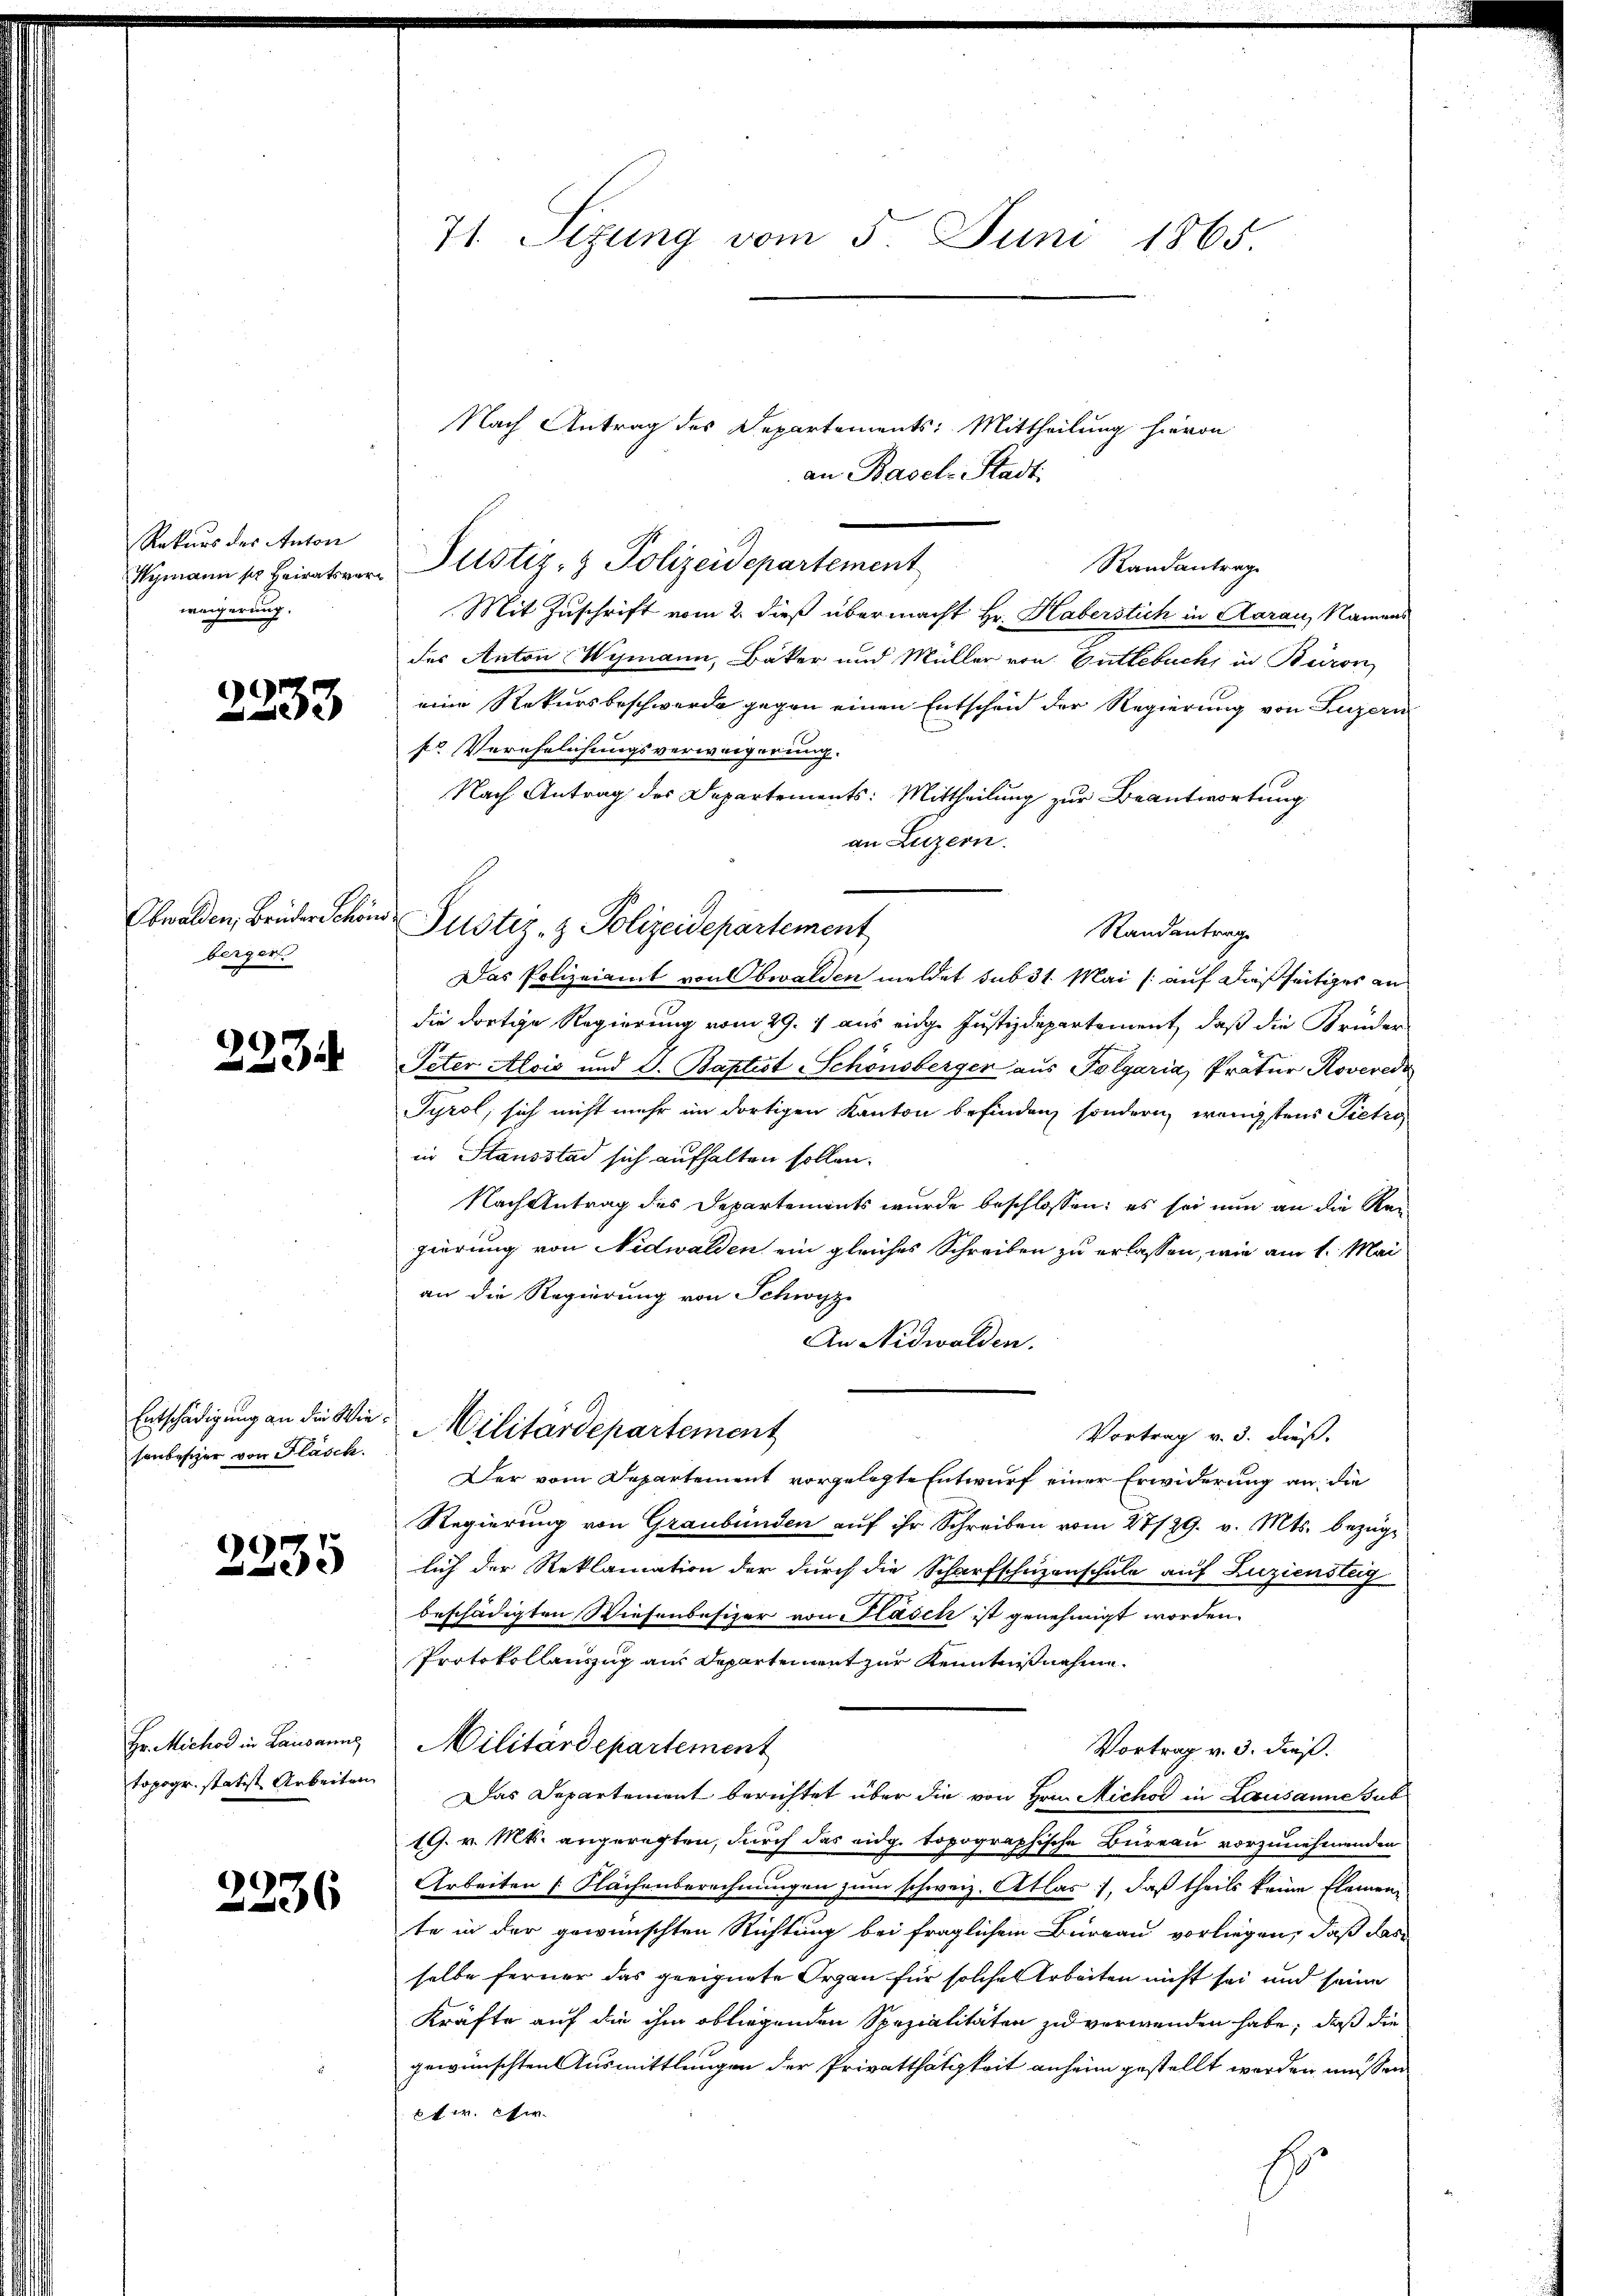
Rekurs des Anton
Kymann pr Heiratsverweigerung.

2233

Obwalden, Brüder Schön
berger.

2233

Entschädigung an die Wiesonbesizer von Flasch.

2235

Hr. Michod in Lausanne
topogr. statist Arbeiten

2236

71. Sezung vom 5. Juni 1865.

Nach Antrag des Departements: Mittheilung hievon
an Basel-Stadt.
Randantrag
Mit Zuschrift vom 2. dieß übermacht Hr. Haberstich in Aarau, Namens
des Anton Wymann, Bäker und Müller von Gutlebuchs in Beiron
eine Rekursbeschwerde gegen einen Entscheid der Regierung von Luzern
fr Verehelichungsverweigerung.
Nach Antrag des Departements: Mittheilung zur Beantwortung
an Luzern.
Justiz- & Polizeidepartement
Randantrage
Das Polizeiamt von Obwalden meldet sub 31. Mai (auf dießseitiger an
die dortige Regierung vom 29. 4 aus eidge Justizdepartement, daß die Brüder
Peter Alois und d. Baptist Schönsberger aus Tolgaria, Pratur Roverede
Tyrol, sich nicht mehr im dortigen Kanton befinden, sondern, wenigstens Pietro
in Stausstad sich aufhalten sollen.
Nach Antrag des Departements wurde beschlossen: es sei nun an die Reigierung von Nidwalden ein gleiches Schreiben zu erlassen, wie am 1. Mai
an die Regierung von Schwyz
An Nidwalden.
Militärdepartement
Vortrag v. 3. dieß.
Der vom Departement vorgelegte Entwurf einer Erwiderung an die
Regierung von Graubünden auf ihr Schreiben vom 27/29. v. Mts. bezüglich der Reklamation der durch die Scharfschüzenschule auf Zuziensteig
beschädigten Wiesenbesizer von Flasch ist genehmigt worden.
Protokollanzug aus Departement zur Kenntnißnahme.
Militärdepartement
Vortrag v. 3. dieß.
Das Departement berichtet über die von Hrn. Michod in Lausanne sub
19. v. Mts. angerechten, durch das eidg. topographische Bureau vorzunehmenden
Arbeiten [Klächenberechnungen zum schweiz. Atlas, daß theils keine Elemen
te in der gewünschten Richtung bei fraglichem Burgau vorliegen, daß das
selbe ferner das geeignete Organ für solche Arbeiten nicht sei und seine
Kräfte auf die ihm obliegenden Spezialitäten zu verwenden habe, daß die
gewünschten Ausmittlungen der Privatthätigkeit anheim gestellt worden müssen
fw. Ein
8

Justiz- & Polizeidepartement